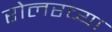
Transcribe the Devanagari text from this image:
रोलरच्या